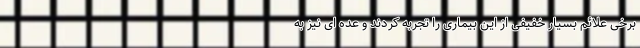
برخی علائم بسیار خفیفی از این بیماری را تجربه کردند و عده ای نیز به